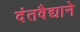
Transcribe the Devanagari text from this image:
दंतवैद्याने